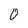
Character: 0